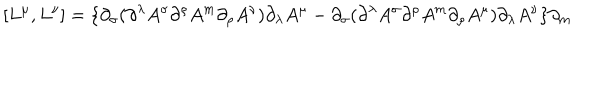
[ L ^ { \mu } , L ^ { \nu } ] = \{ \partial _ { \sigma } ( \partial ^ { \lambda } A ^ { \sigma } \partial ^ { \rho } A ^ { m } \partial _ { \rho } A ^ { \nu } ) \partial _ { \lambda } A ^ { \mu } - \partial _ { \sigma } ( \partial ^ { \lambda } A ^ { \sigma } \partial ^ { \rho } A ^ { m } \partial _ { \rho } A ^ { \mu } ) \partial _ { \lambda } A ^ { \nu } \} \partial _ { m }